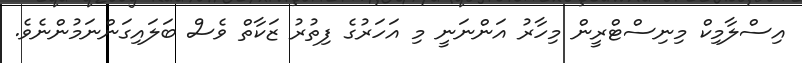
އިސްލާމިކް މިނިސްޓްރީން މިހާރު އަންނަނީ މި އަހަރުގެ ފިތުރު ޒަކާތް ވެސް ބަލައިގަންނަމުންނެވެ.